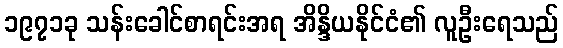
၁၉၇၁ခု သန်းခေါင်စာရင်းအရ အိန္ဒိယနိုင်ငံ၏ လူဦးရေသည်